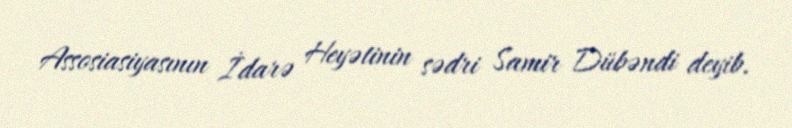
Assosiasiyasının İdarə Heyətinin sədri Samir Dübəndi deyib.